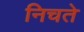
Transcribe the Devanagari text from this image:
निचते